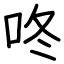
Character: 咚